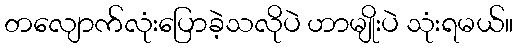
တလျောက်လုံးပြောခဲ့သလိုပဲ ဟာမျိုးပဲ သုံးရမယ်။